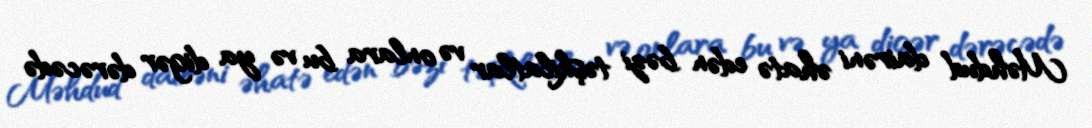
Məhdud dairəni əhatə edən bəzi təşkilatlar və onlara bu və ya digər dərəcədə